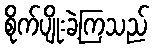
စိုက်ပျိုးခဲ့ကြသည်